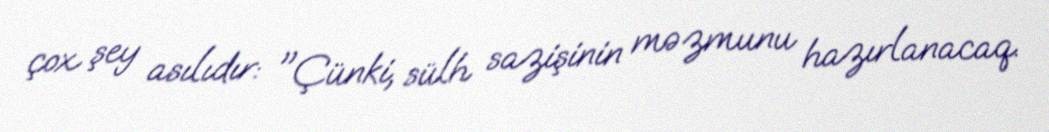
çox şey asılıdır: "Çünki, sülh sazişinin məzmunu hazırlanacaq.